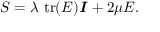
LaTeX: { \boldsymbol { S } } = \lambda ~ { \mathrm { t r } } ( { \boldsymbol { E } } ) { \boldsymbol { \mathit { I } } } + 2 \mu { \boldsymbol { E } } { \mathrm { . } }